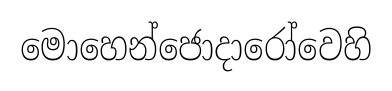
මොහෙන්ජොදාරෝවෙහි